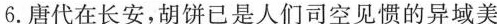
6.唐代在长安，胡饼已是人们司空见惯的异域美